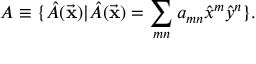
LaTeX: { \cal A } \equiv \{ \hat { A } ( { \vec { \bf x } } ) | \hat { A } ( { \vec { \bf x } } ) = \sum _ { m n } a _ { m n } { \hat { x } } ^ { m } { \hat { y } } ^ { n } \} .